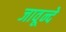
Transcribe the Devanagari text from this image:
जावून्दे